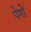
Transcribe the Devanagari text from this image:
पेगों